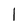
Character: 1